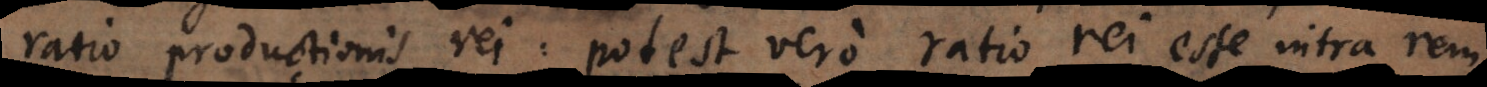
ratio productionis rei: potest vero ratio rei esse intra rem